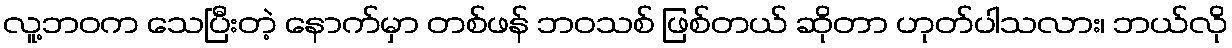
လူ့ဘဝက သေပြီးတဲ့ နောက်မှာ တစ်ဖန် ဘဝသစ် ဖြစ်တယ် ဆိုတာ ဟုတ်ပါသလား၊ ဘယ်လို